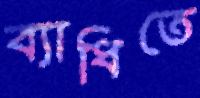
ব্যাধিতে